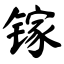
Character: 镓